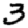
Digit: 3